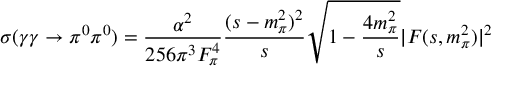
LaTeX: \sigma ( \gamma \gamma \rightarrow \pi ^ { 0 } \pi ^ { 0 } ) = { \frac { \alpha ^ { 2 } } { 2 5 6 \pi ^ { 3 } F _ { \pi } ^ { 4 } } } { \frac { ( s - m _ { \pi } ^ { 2 } ) ^ { 2 } } { s } } \sqrt { 1 - { \frac { 4 m _ { \pi } ^ { 2 } } { s } } } | F ( s , m _ { \pi } ^ { 2 } ) | ^ { 2 }